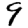
Digit: 9